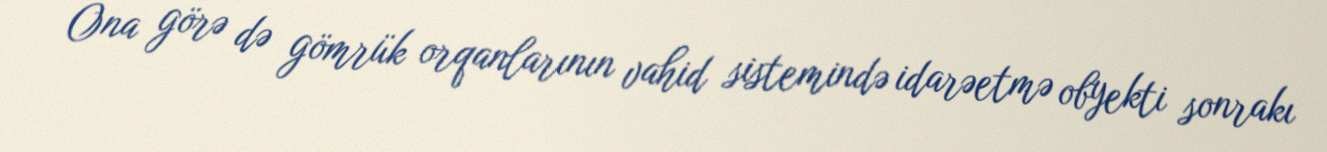
Ona görə də gömrük orqanlarının vahid sistemində idarəetmə obyekti sonrakı